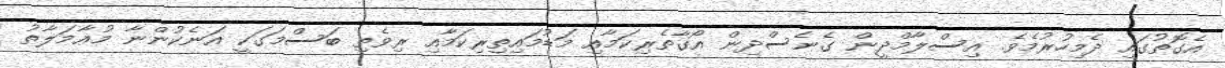
އެގޮތުގައި ދެމިހުރުމެވެ. އިސްލާމްދީން ގެނެސްދިން އޯގާތެރިކަމާއި މަޑުމައިތިރިކަމާއި ރިވެތި ބަސްމަގަކީ އަނެކުންނާ މުޢާމަލާތު